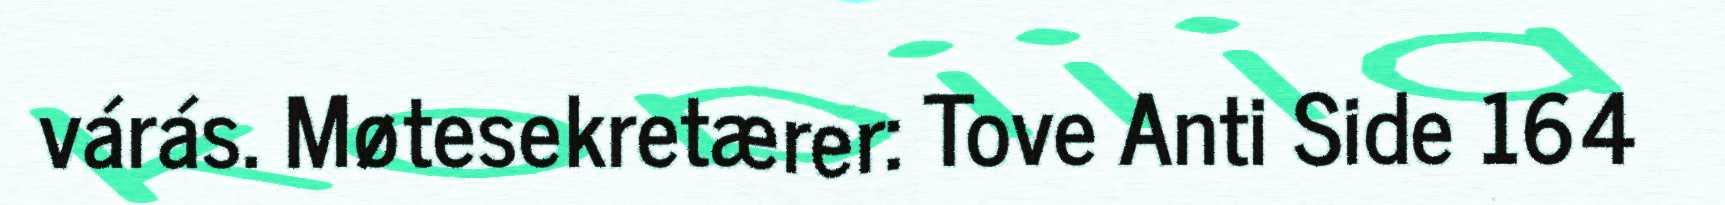
várás. Møtesekretærer: Tove Anti Side 164